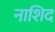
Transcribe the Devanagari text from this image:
नाशिद